Leaving Certificate Examination (including Day School Certificate (Higher) General paper), 1927
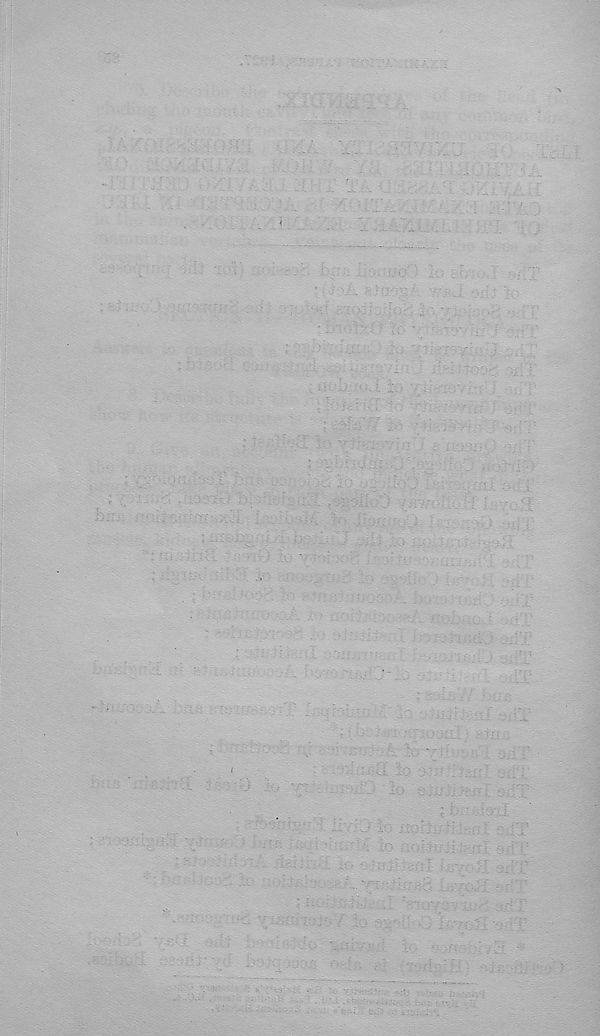
mi
: ; f f:
-.4.
-
IS ■
■ (4 %la ;rs-'-n h
' ■
; b 4 '.r > t u •i 4i ..>.44 4: -toy o : -i ; ' |'
'
(
'
odT
-
_io a rj■:-fam ■ yii'.r
’
-S-- ;
ii-i fiOajratbiiT exXT:
'
:-4:
■
i-yy. -
'
■